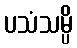
ပသံသမ္ပိ